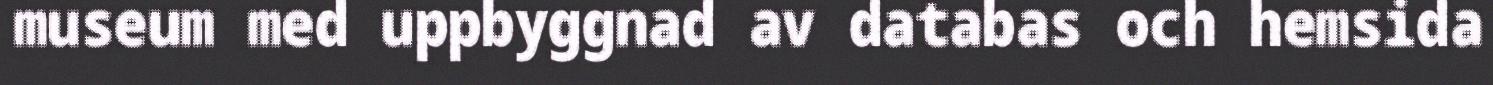
museum med uppbyggnad av databas och hemsida